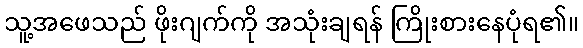
သူ့အဖေသည် ဖိုးဂျက်ကို အသုံးချရန် ကြိုးစားနေပုံရ၏။